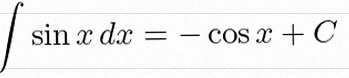
\int \sin x\,dx=-\cos x+C